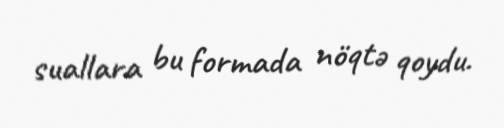
suallara bu formada nöqtə qoydu.